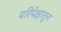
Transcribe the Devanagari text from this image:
परिपेक्षातून